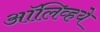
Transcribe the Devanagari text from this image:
ऑलिव्हये